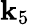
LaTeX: \mathbf{k}_{5}